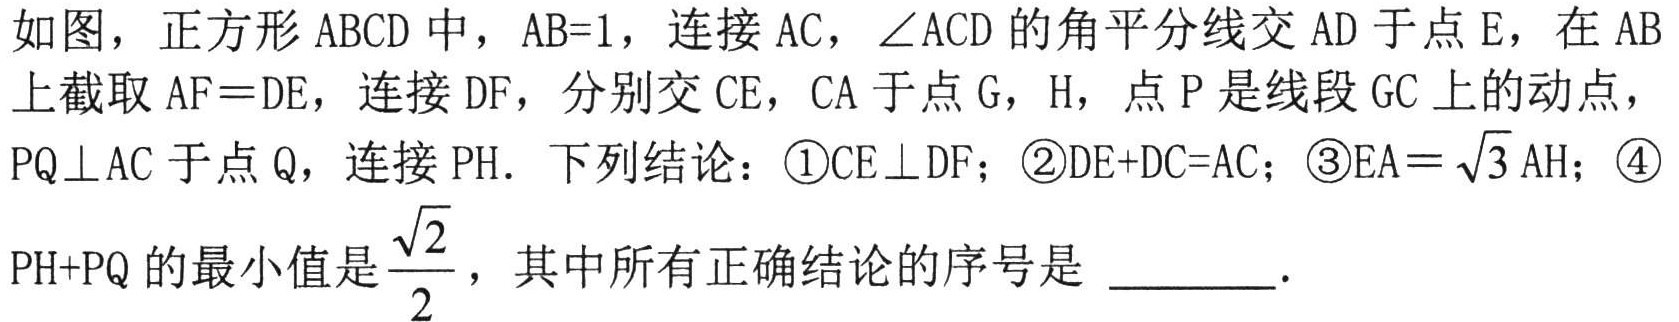
如图，正方形 \(ABCD\) 中，\(AB = 1\)，连接 \(AC\)，\(\angle ACD\) 的角平分线交 \(AD\) 于点 \(E\)，在 \(AB\) 上截取 \(AF = DE\)，连接 \(DF\)，分别交 \(CE\)，\(CA\) 于点 \(G\)，\(H\)，点 \(P\) 是线段 \(GC\) 上的动点，\(PQ\perp AC\) 于点 \(Q\)，连接 \(PH\). 下列结论：\textcircled{1}\(CE\perp DF\)；\textcircled{2}\(DE + DC=AC\)；\textcircled{3}\(EA=\sqrt{3}AH\)；\textcircled{4}\(PH + PQ\) 的最小值是 \(\frac{\sqrt{2}}{2}\)，其中所有正确结论的序号是 \_\_\_\_\_ .